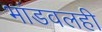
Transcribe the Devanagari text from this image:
भांडवलही